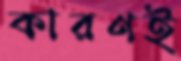
কারণই